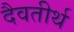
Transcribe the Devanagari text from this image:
दैवतीर्थ